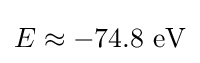
{\textstyle E\approx -74.8{\text{ eV}}}